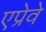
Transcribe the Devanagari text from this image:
एप्रेवे